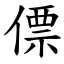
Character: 僄